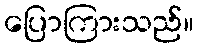
ပြောကြားသည်။